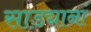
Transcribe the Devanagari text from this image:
साड्यानां